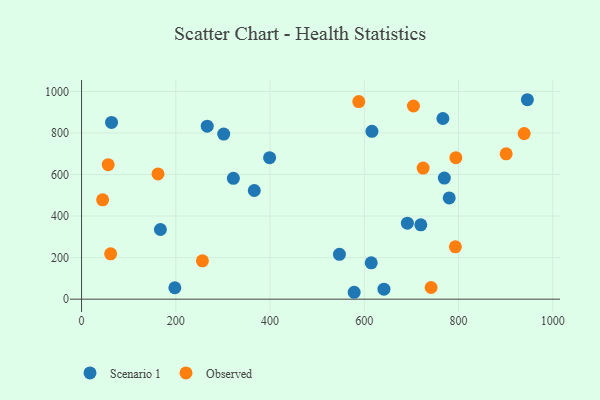
{"axis": {"x": "Experience", "y": "Profit"}, "legend": ["Observed", "Scenario 1"], "data": [{"x": "399.1", "y": 680.9, "type": "Scenario 1"}, {"x": "322.2", "y": 581.8, "type": "Scenario 1"}, {"x": "769.9", "y": 582.7, "type": "Scenario 1"}, {"x": "691.5", "y": 365.6, "type": "Scenario 1"}, {"x": "578.6", "y": 33.2, "type": "Scenario 1"}, {"x": "780.3", "y": 487.3, "type": "Scenario 1"}, {"x": "63.6", "y": 850.5, "type": "Scenario 1"}, {"x": "641.8", "y": 48.0, "type": "Scenario 1"}, {"x": "766.9", "y": 869.5, "type": "Scenario 1"}, {"x": "547.3", "y": 215.9, "type": "Scenario 1"}, {"x": "366.6", "y": 523.1, "type": "Scenario 1"}, {"x": "167.3", "y": 335.3, "type": "Scenario 1"}, {"x": "614.8", "y": 174.8, "type": "Scenario 1"}, {"x": "720.0", "y": 358.0, "type": "Scenario 1"}, {"x": "946.2", "y": 959.9, "type": "Scenario 1"}, {"x": "616.3", "y": 808.0, "type": "Scenario 1"}, {"x": "198.0", "y": 55.0, "type": "Scenario 1"}, {"x": "301.7", "y": 794.5, "type": "Scenario 1"}, {"x": "266.7", "y": 832.8, "type": "Scenario 1"}, {"x": "724.9", "y": 630.9, "type": "Observed"}, {"x": "794.4", "y": 681.2, "type": "Observed"}, {"x": "256.5", "y": 184.8, "type": "Observed"}, {"x": "588.4", "y": 951.2, "type": "Observed"}, {"x": "162.3", "y": 602.7, "type": "Observed"}, {"x": "61.7", "y": 218.4, "type": "Observed"}, {"x": "44.7", "y": 478.2, "type": "Observed"}, {"x": "741.9", "y": 56.2, "type": "Observed"}, {"x": "56.5", "y": 647.1, "type": "Observed"}, {"x": "793.4", "y": 252.1, "type": "Observed"}, {"x": "901.2", "y": 699.6, "type": "Observed"}, {"x": "939.4", "y": 796.8, "type": "Observed"}, {"x": "704.4", "y": 929.7, "type": "Observed"}]}